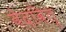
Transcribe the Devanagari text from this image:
वेदवित्